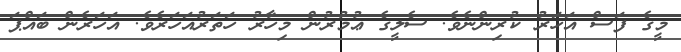
މީގެ ފަސް އަހަރު ކުރިންނެވެ. ސެލީގެ ޢުމުރުން މިހާރު ހަތަރުއަހަރެވެ. އަހަރެން ބައްޕަ